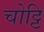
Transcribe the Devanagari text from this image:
चोट्टि